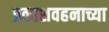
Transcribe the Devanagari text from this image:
प्रकाशवहनाच्या